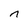
Character: n